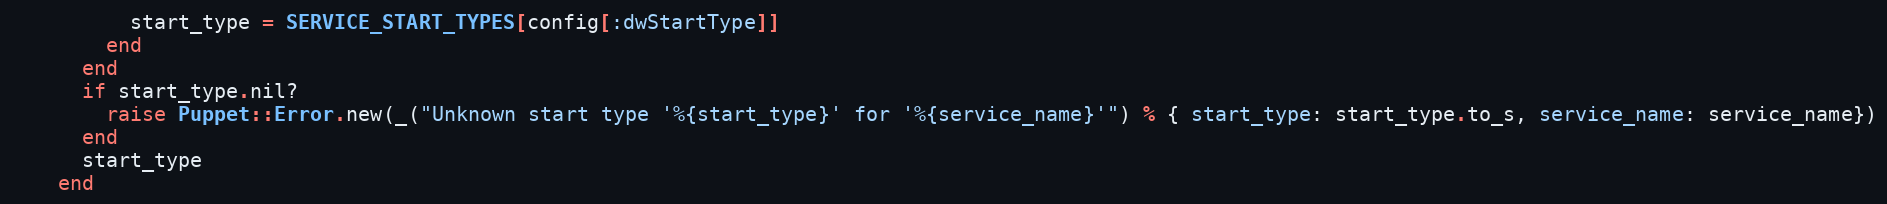
Language: Ruby
          start_type = SERVICE_START_TYPES[config[:dwStartType]]
        end
      end
      if start_type.nil?
        raise Puppet::Error.new(_("Unknown start type '%{start_type}' for '%{service_name}'") % { start_type: start_type.to_s, service_name: service_name})
      end
      start_type
    end